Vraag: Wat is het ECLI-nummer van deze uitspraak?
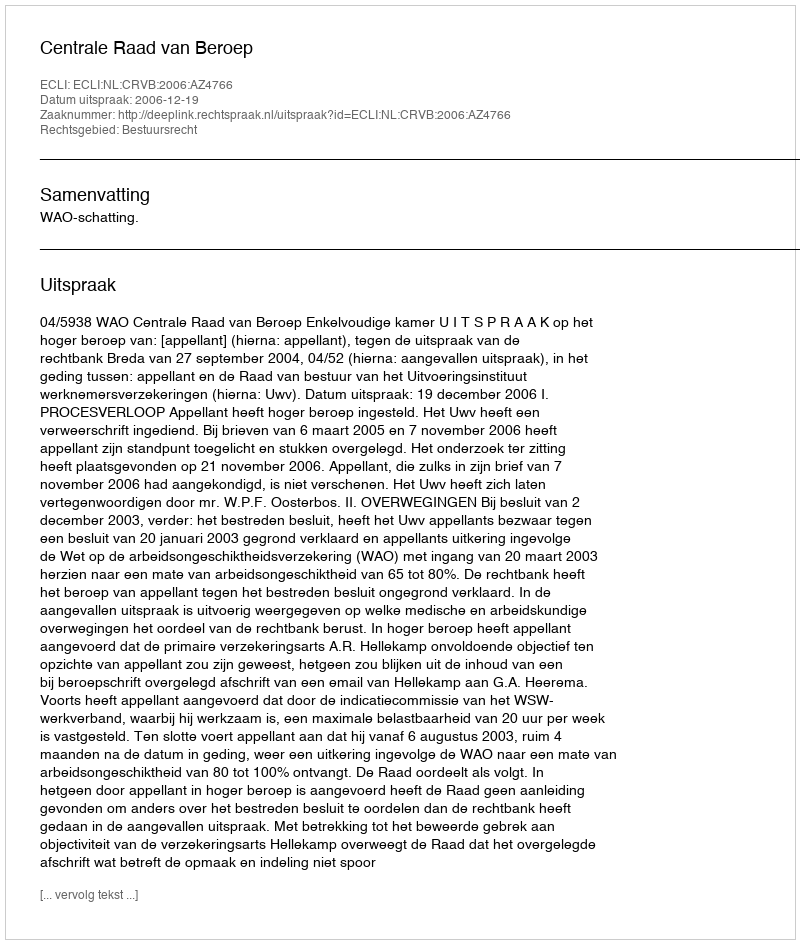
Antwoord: ECLI:NL:CRVB:2006:AZ4766